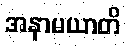
အနာမယာတိ